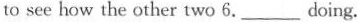
to see how the other two 6.___doing.